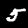
Digit: 5